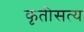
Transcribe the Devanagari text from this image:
कृतीसत्य